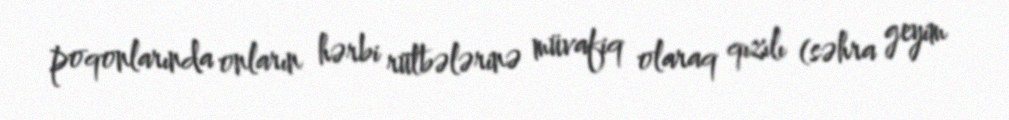
poqonlarında onların hərbi rütbələrinə müvafiq olaraq qızılı (səhra geyim